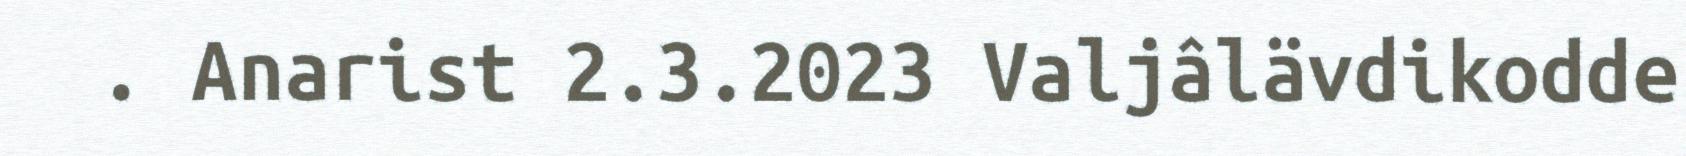
. Anarist 2.3.2023 Valjâlävdikodde